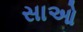
સાઓ